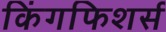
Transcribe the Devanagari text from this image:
किंगफिशर्स